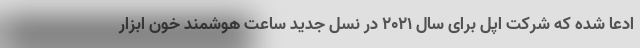
ادعا شده که شرکت اپل برای سال 2021 در نسل جدید ساعت هوشمند خون ابزار